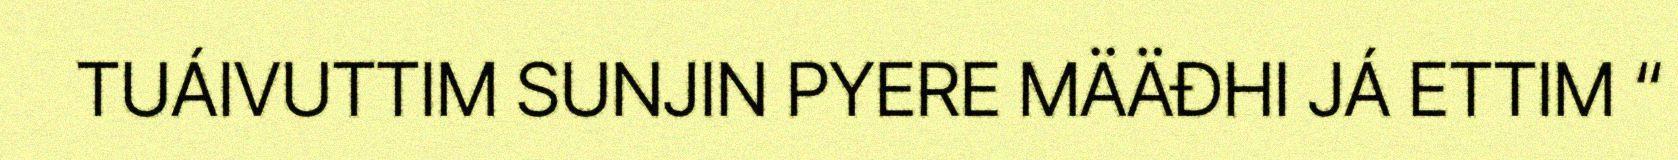
TUÁIVUTTIM SUNJIN PYERE MÄÄĐHI JÁ ETTIM “